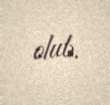
olub.